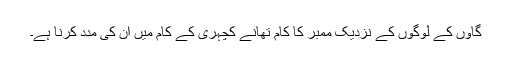
گاؤں کے لوگوں کے نزدیک ممبر کا کام تھانے کچہری کے کام میں ان کی مدد کرنا ہے۔